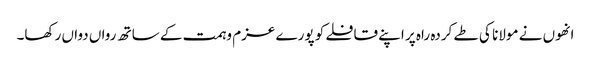
انھوں نے مولانا کی طے کردہ راہ پر اپنے قافلے کو پورے عزم وہمت کے ساتھ رواں دواں رکھا۔